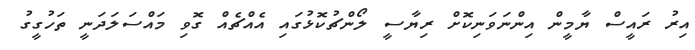
އިރު ރައީސް ޔާމީން އިންނަވަނިކޮށް ރިޔާސީ ލޯންޗުކޮޅުގައި އެއްޗެއް ގޮވި މައްސަލަދަނީ ތަހުގީގު